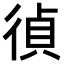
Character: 𢔤